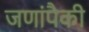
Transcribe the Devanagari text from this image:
जणांपैकी